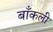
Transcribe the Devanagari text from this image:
बाँकली